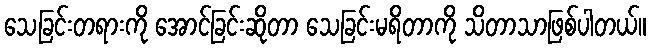
သေခြင်းတရားကို အောင်ခြင်းဆိုတာ သေခြင်းမရိတာကို သိတာသာဖြစ်ပါတယ်။